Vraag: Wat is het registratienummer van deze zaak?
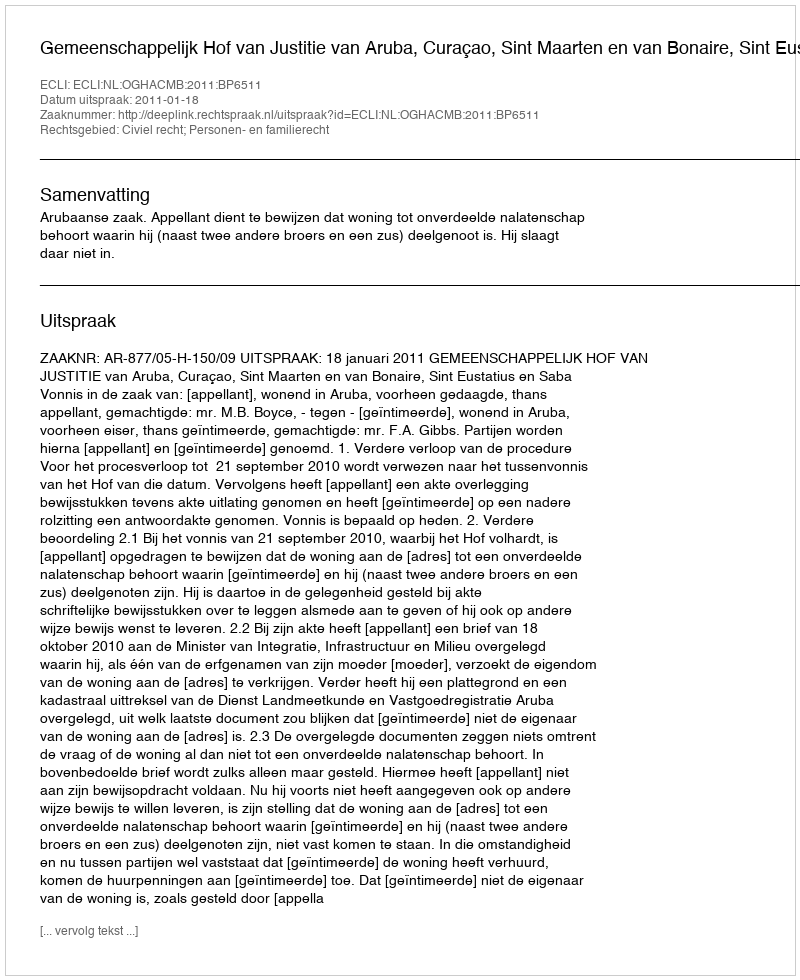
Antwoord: http://deeplink.rechtspraak.nl/uitspraak?id=ECLI:NL:OGHACMB:2011:BP6511